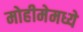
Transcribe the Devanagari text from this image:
मोहीमेमध्ये